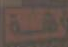
LA